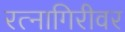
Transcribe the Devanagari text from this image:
रत्नागिरीवर